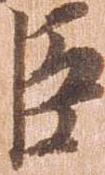
臣